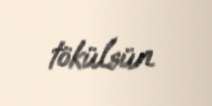
tökülsün.